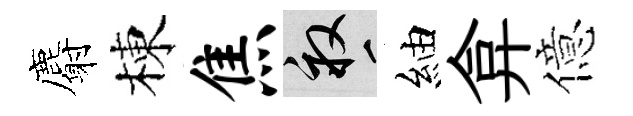
麝棟焦畝紬弇億